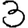
Digit: 3